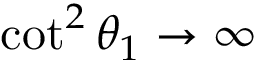
\cot ^ { 2 } { \theta _ { 1 } } \to \infty